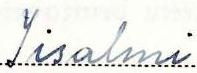
Iisalmi